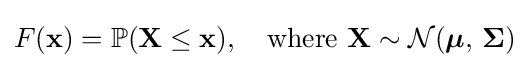
F(\mathbf {x} )=\mathbb {P} (\mathbf {X} \leq \mathbf {x} ),\quad {\text{where }}\mathbf {X} \sim {\mathcal {N}}({\boldsymbol {\mu }},\,{\boldsymbol {\Sigma }})